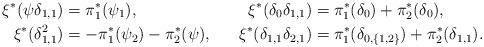
LaTeX: \begin{align*}\xi^*(\psi\delta_{1,1}) &= \pi_1^*(\psi_1), & \xi^*(\delta_0\delta_{1,1}) &= \pi_1^*(\delta_0) +\pi_2^*(\delta_0), \\\xi^*(\delta_{1,1}^2) &= -\pi_1^*(\psi_2) - \pi_2^*(\psi), & \xi^*(\delta_{1,1}\delta_{2,1}) &= \pi_1^*(\delta_{0,\{1,2\}}) +\pi_2^*(\delta_{1,1}).\end{align*}